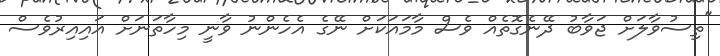
"ތިސުވާލަށް ޖަވާބު ދޭނެގޮތެއް ވެސް މާމައަކަށް ނޭގެ އެހެންނު ވާނީ މިހާތަނަށް އައިއިރުވެސް